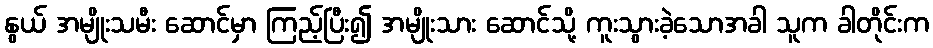
နွယ် အမျိုးသမီး ဆောင်မှာ ကြည့်ပြီး၍ အမျိုးသား ဆောင်သို့ ကူးသွားခဲ့သောအခါ သူက ခါတိုင်းက